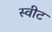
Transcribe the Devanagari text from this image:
स्‍वीट